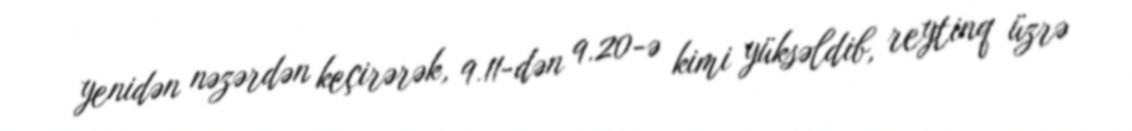
yenidən nəzərdən keçirərək, 9.11-dən 9.20-ə kimi yüksəldib, reytinq üzrə